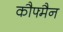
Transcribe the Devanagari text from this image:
कौफ्मैन